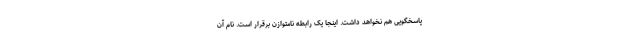
پاسخگویی هم نخواهد داشت. اینجا یک رابطه نامتوازن برقرار است. نام آن